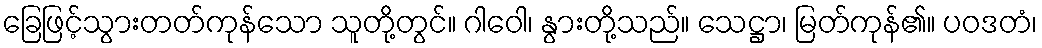
ခြေဖြင့်သွားတတ်ကုန်သော သူတို့တွင်။ ဂါဝေါ၊ နွားတို့သည်။ သေဋ္ဌာ၊ မြတ်ကုန်၏။ ပဝဒတံ၊